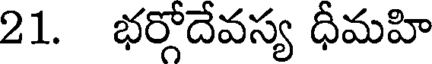
21. భర్గోదేవస్య ధీమహి